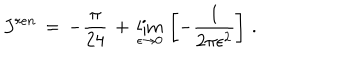
LaTeX: J ^ { r e n } \, = \, - \frac { \pi } { 2 4 } \, + \, \lim _ { \epsilon \to 0 } \, \left[ - \frac { 1 } { 2 \pi \epsilon ^ { 2 } } \right] \, { . }